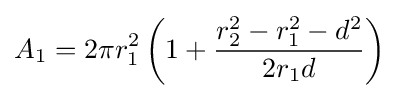
A_{1}=2\pi r_{1}^{2}\left(1+{\frac {r_{2}^{2}-r_{1}^{2}-d^{2}}{2r_{1}d}}\right)